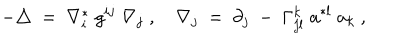
- \triangle \ = \ \nabla _ { i } ^ { * } \; g ^ { i j } \; \nabla _ { j } \; , \quad \nabla _ { j } \ = \ \partial _ { j } \ - \ \Gamma _ { j l } ^ { k } \; a ^ { * l } \; a _ { k } \ ,